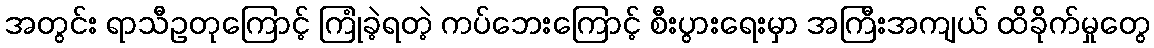
အတွင်း ရာသီဥတုကြောင့် ကြုံခဲ့ရတဲ့ ကပ်ဘေးကြောင့် စီးပွားရေးမှာ အကြီးအကျယ် ထိခိုက်မှုတွေ